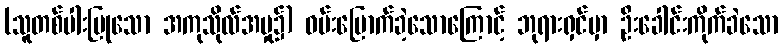
(သူတစ်ပါးပြုသော အကုသိုလ်အမှု၌) ဝမ်းမြောက်ခဲ့သောကြောင့် ဘုရားရှင်မှာ ဦးခေါင်းကိုက်ခဲသော